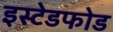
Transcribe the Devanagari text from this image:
इस्टेडफोड